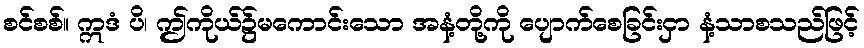
စင်စစ်။ ဣဒံ ပိ၊ ဤကိုယ်၌မကောင်းသော အနံ့တို့ကို ပျောက်စေခြင်းငှာ နံ့သာစသည်ဖြင့်